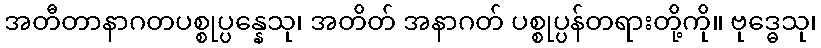
အတီတာနာဂတပစ္စုပ္ပန္နေသု၊ အတိတ် အနာဂတ် ပစ္စုပ္ပန်တရားတို့ကို။ ဗုဒ္ဓေသု၊